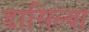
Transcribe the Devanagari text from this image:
डासिल्वा